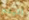
اتيتم